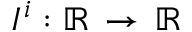
I ^ { i } : \mathbb { R } \, \rightarrow \, \mathbb { R }